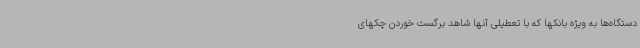
دستگاه‌ها به ویژه بانکها که با تعطیلی آنها شاهد برگست خوردن چکهای